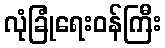
လုံခြုံရေးဝန်ကြီး